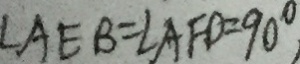
\angle A E B = \angle A F D = 9 0 ^ { \circ }